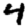
Digit: 4